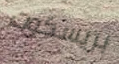
بريسكوت